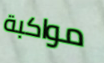
مواكبة